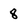
Character: 8